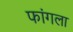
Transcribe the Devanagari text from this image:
फांगला